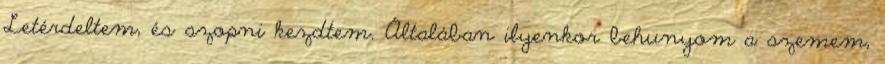
Letérdeltem, és szopni kezdtem. Általában ilyenkor behunyom a szemem,